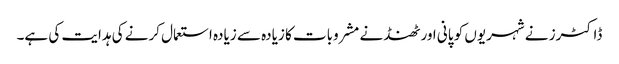
ڈاکٹرز نے شہریوں کو پانی اور ٹھنڈنے مشروبات کا زیادہ سے زیادہ استعمال کرنے کی ہدایت کی ہے۔